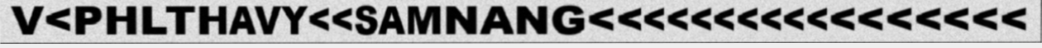
V<PHLTHAVY<<SAMNANG<<<<<<<<<<<<<<<<<